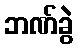
ဘဏ်ခွဲ